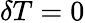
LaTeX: \delta T=0